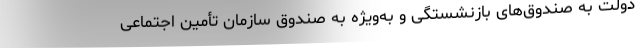
دولت به صندوق‌های بازنشستگی و به‌ویژه به صندوق سازمان تأمین اجتماعی